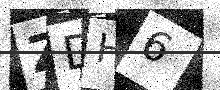
Text: ZDH6